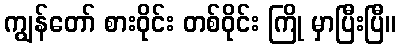
ကျွန်တော် စားဝိုင်း တစ်ဝိုင်း ကြို မှာပြီးပြီ။